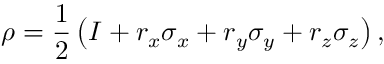
\rho = { \frac { 1 } { 2 } } \left( I + r _ { x } \sigma _ { x } + r _ { y } \sigma _ { y } + r _ { z } \sigma _ { z } \right) ,